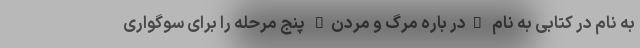
به نام در کتابی به نام "در باره مرگ و مردن" پنج مرحله را برای سوگواری